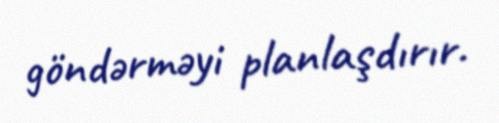
göndərməyi planlaşdırır.